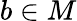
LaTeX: b\in M